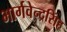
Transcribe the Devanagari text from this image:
भार्गवेन्द्रसिंह